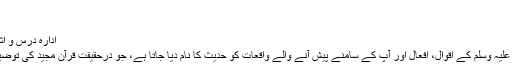
(راسخ)
حدیث کی اہمیت
ادارہ درس و اشاعت اسلام، لاہور
نبی کریم صلی اللہ علیہ وسلم کے اقوال، افعال اور آپ کے سامنے پیش آنے والے واقعات کو حدیث کا نام دیا جاتا ہے، جو درحقیقت قرآن مجید کی توضیح وتشریح ہی ہے۔